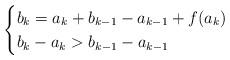
LaTeX: \begin{align*}\begin{cases}b_k = a_k + b_{k-1} - a_{k-1} + f(a_k) \quad\\b_k - a_k > b_{k-1} - a_{k-1}\end{cases} \end{align*}